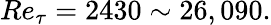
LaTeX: Re_{\tau}=2430\sim 26,090.